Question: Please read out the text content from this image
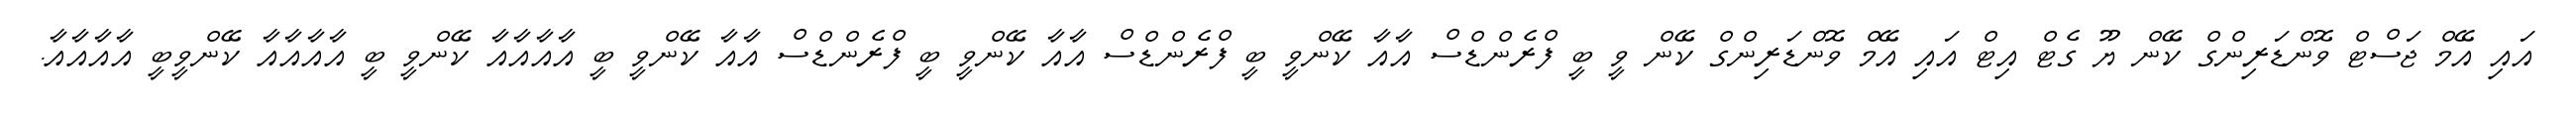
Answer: އައި އޭމް ޖަސްޓް ވޮންޑަރިންގް ކޭން ޔޫ ގެޓް އިޓް އައި އޭމް ވޮންޑަރިންގް ކޭން ވީ ބީ ފްރެންޑްސް އާއާ ކޭންވީ ބީ ފްރެންޑްސް އާއާ ކޭންވީ ބީ ފްރެންޑްސް އާއާ ކޭންވީ ބީ އާއާއާއާ ކޭންވީ ބީ އާއާއާއާ ކޭންވީބީ އާއާއާއާ.